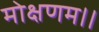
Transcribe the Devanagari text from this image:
मोक्षणम।।